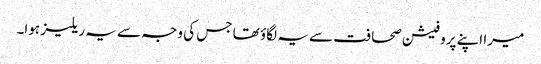
میرا اپنے پروفیشن صحافت سے یہ لگاؤ تھا جس کی وجہ سے یہ ریلیز ہوا۔